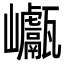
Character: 𡿕